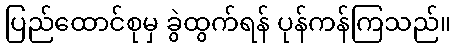
ပြည်ထောင်စုမှ ခွဲထွက်ရန် ပုန်ကန်ကြသည်။